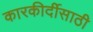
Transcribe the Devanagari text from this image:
कारकीर्दीसाठी